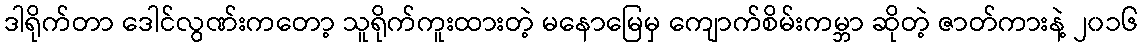
ဒါရိုက်တာ ဒေါင်လွဏ်းကတော့ သူရိုက်ကူးထားတဲ့ မနောမြေမှ ကျောက်စိမ်းကမ္ဘာ ဆိုတဲ့ ဇာတ်ကားနဲ့ ၂၀၁၆